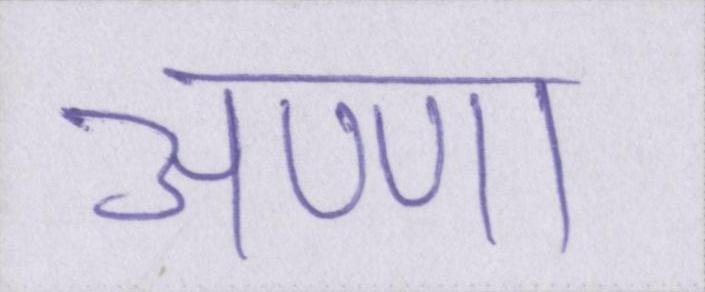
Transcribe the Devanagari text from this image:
अण्णा